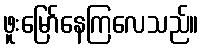
ဖူးမြော်နေကြလေသည်။